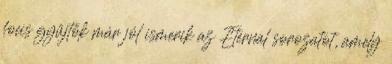
focis gyűjtők már jól ismerik az Eternal sorozatot, amely